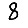
Digit: 8